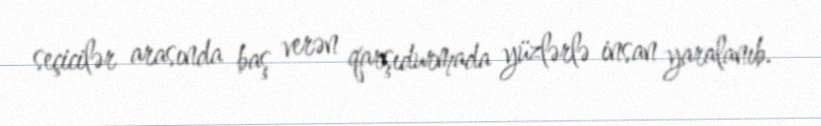
seçicilər arasında baş verən qarşıdurmada yüzlərlə insan yaralanıb.